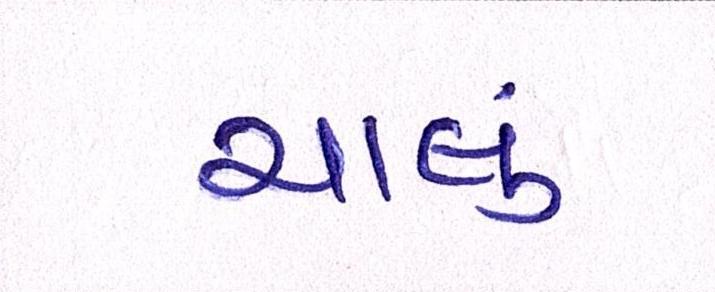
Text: ચાલું